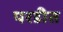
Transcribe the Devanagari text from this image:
परडीत